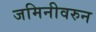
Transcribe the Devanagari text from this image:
जमिनीवरुन